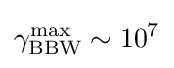
\gamma _{\text{BBW}}^{\text{max}}\sim 10^{7}